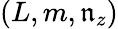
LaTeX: (L,m,\mathfrak{n}_{z})